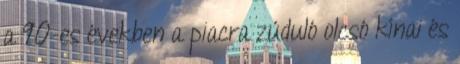
a 90-es években a piacra zúduló olcsó kínai és